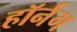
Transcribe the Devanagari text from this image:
हॉर्नंग